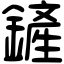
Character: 鏟